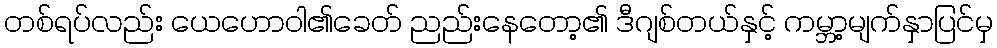
တစ်ရပ်လည်း ယေဟောဝါ၏ခေတ် ညည်းနေတော့၏ ဒီဂျစ်တယ်နှင့် ကမ္ဘာ့မျက်နှာပြင်မှ